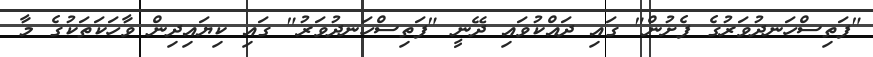
"ފަތިސްހަނދުވަރުގެ ފެށުން" ގައި ދައްކުވައި ދޭނީ "ފަތިސްހަނދުވަރު" ގައި ކިޔައިދިން ވާހަކަތަކުގެ މާ